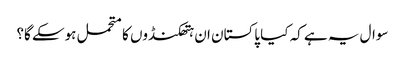
سوال یہ ہے کہ کیا پاکستان ان ہتھکنڈوں کا متحمل ہوسکے گا؟